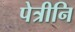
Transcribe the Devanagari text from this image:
पेत्रीनि